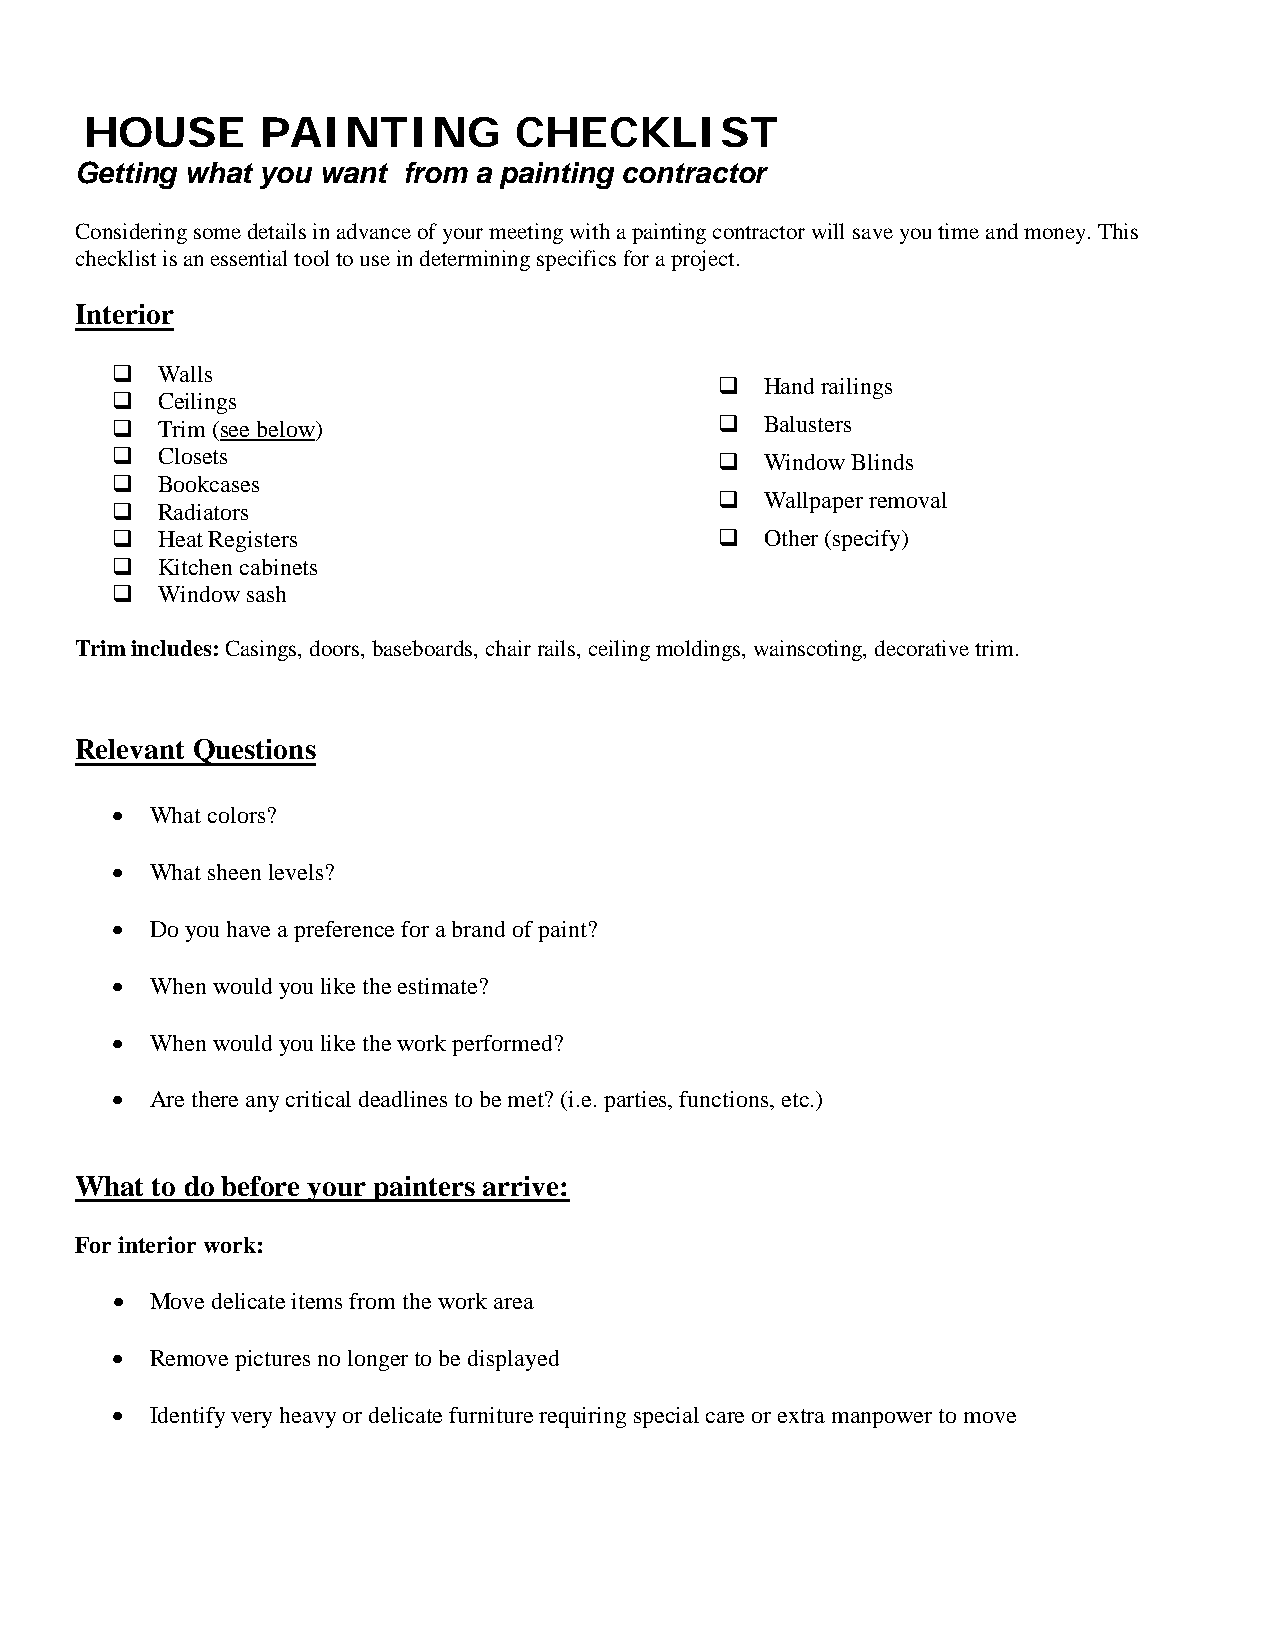
HOUSE      PAINTING         CHECKLIST
 Getting what you want from a painting contractor
 Considering some details in advance of your meeting with a painting contractor will save you time and money. This
 checklist is an essential tool to use in determining specifics for a project.
 Interior
 
 Walls
 Hand railings
 Ceilings
 Trim (see below)                       Balusters
 Closets                                Window Blinds
 Bookcases
 Wallpaper removal
 Radiators
 Heat Registers                         Other (specify)
 Kitchen cabinets
 Window sash
 Trim includes: Casings, doors, baseboards, chair rails, ceiling moldings, wainscoting, decorative trim.
 Relevant Questions
 •  What colors?
 •  What sheen levels?
 •  Do you have a preference for a brand of paint?
 •  When would you like the estimate?
 •  When would you like the work performed?
 •  Are there any critical deadlines to be met? (i.e. parties, functions, etc.)
 What to do before your painters arrive:
 For interior work:
 •  Move delicate items from the work area
 •  Remove pictures no longer to be displayed
 •  Identify very heavy or delicate furniture requiring special care or extra manpower to move